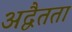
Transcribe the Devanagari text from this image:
अद्वैतता